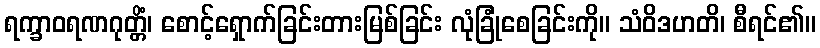
ရက္ခာဝရဏဂုတ္တိံ၊ စောင့်ရှောက်ခြင်းတားမြစ်ခြင်း လုံခြုံစေခြင်းကို။ သံဝိဒဟတိ၊ စီရင်၏။